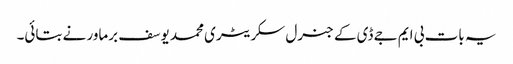
یہ بات بی ایم جے ڈی کے جنرل سکریٹری محمد یوسف برماور نے بتائی۔